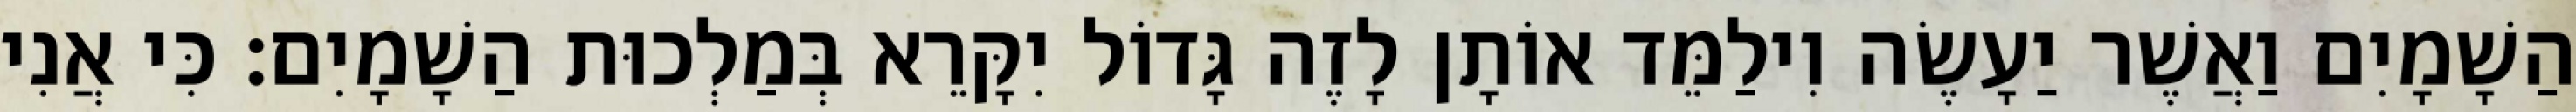
הַשָׁמָיִם וַאֲשֶׁר יַעָשֶׂה וִילַמֵּד אוֹתָן לָזֶה גָּדוֹל יִקָּרֵא בְּמַלְכוּת הַשָׁמָיִם׃ כִּי אֲנִי